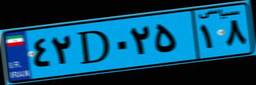
۵۰D۲۳۲۹۰